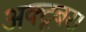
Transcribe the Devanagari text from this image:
अक्टूबर।